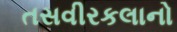
તસવીરકલાનો